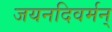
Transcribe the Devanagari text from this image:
जयनदिवर्मन्